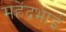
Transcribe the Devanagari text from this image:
महेंद्रभाई